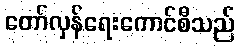
တော်လှန်ရေးကောင်စီသည်